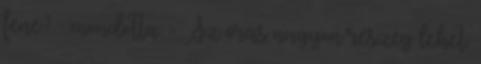
fene? - mondotta. - Az órás nagyon részeg lehet.